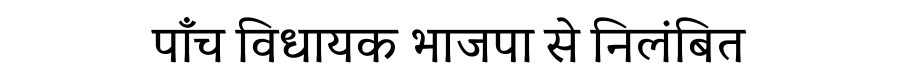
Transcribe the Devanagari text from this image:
पाँच विधायक भाजपा से निलंबित